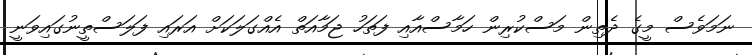
ނަމަވެސް މީގެ ދެތިން މަސްކުރިން ހަމާސްއާއި ފަތަހު ޖަމާއަތް އެއްގަލަކަށް އަރައި ފަލަސްތީނުގައިވަނީ